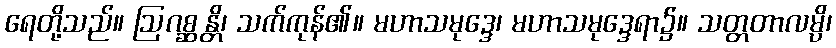
ရေတို့သည်။ ဩဂစ္ဆန္တိ၊ သက်ကုန်၏။ မဟာသမုဒ္ဒေ၊ မဟာသမုဒ္ဒေရာ၌။ သတ္တတာလမ္ပိ၊